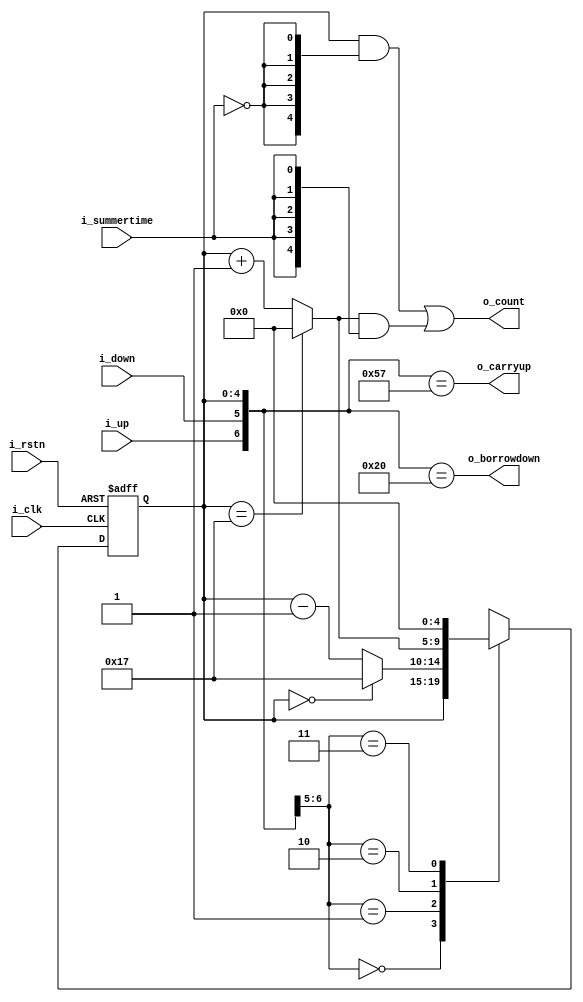
module CounterTwentyThree2(/*AUTOARG*/
   // Outputs
   o_count, o_carryup, o_borrowdown,
   // Inputs
   i_clk, i_rstn, i_up, i_down, i_summertime
   );
   input i_clk;
   input i_rstn;
   input i_up;
   input i_down;
   input i_summertime;

   output [4:0] o_count;
   output 	o_carryup;
   output 	o_borrowdown;

   wire [4:0] 	w_next_countup;
   wire [4:0] 	w_next_countdown;
   reg [4:0] 	r_count;

   assign w_next_countup = r_count == 5'd23 ? 5'd0 : r_count + 5'd1;
   assign w_next_countdown = r_count == 5'd0 ? 5'd23 : r_count - 5'd1;

   always @(posedge i_clk or negedge i_rstn) begin
      if (!i_rstn) r_count <= 5'd0;
      else
	case({i_up, i_down})
	  2'b00: r_count <= r_count;
	  2'b01: r_count <= w_next_countdown;
	  2'b10: r_count <= w_next_countup;
	  2'b11: r_count <= 5'd0;
	endcase // case ({i_up, i_down})
   end

   assign o_count = (r_count & {5{~i_summertime}}) | (w_next_countup & {5{i_summertime}});
   assign o_carryup = {i_up, i_down, r_count} == {2'b10, 5'd23};
   assign o_borrowdown = {i_up, i_down, r_count} == {2'b01, 5'd0};

endmodule // CounterTwnetyThree2